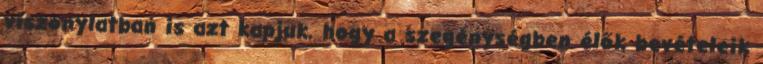
viszonylatban is azt kapjuk, hogy a szegénységben élők bevételeik